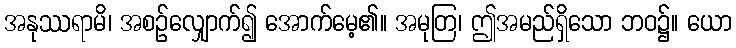
အနုဿရာမိ၊ အစဉ်လျှောက်၍ အောက်မေ့၏။ အမုတြ၊ ဤအမည်ရှိသော ဘဝ၌။ ယော